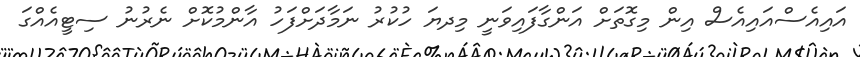
އައިއެސްއައިއެސް އިން މިގޮތަށް އަންގާފައިވަނީ މިިދޔަ ހުކުރު ނަމާދަށްފަހު އާންމުކޮށް ނެރުނު ސިޓީއެއްގަ